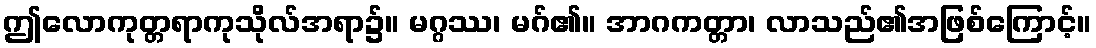
ဤလောကုတ္တရာကုသိုလ်အရာ၌။ မဂ္ဂဿ၊ မဂ်၏။ အာဂကတ္တာ၊ လာသည်၏အဖြစ်ကြောင့်။